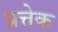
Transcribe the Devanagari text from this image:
प्रत्तेक